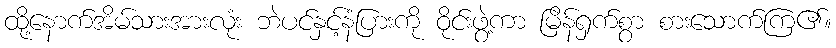
ထို့နောက်အိမ်သားအားလုံး ဘဲပင်နှင့်နံပြားကို ဝိုင်းဖွဲ့ကာ မြိန်ရှက်စွာ စားသောက်ကြ၏။